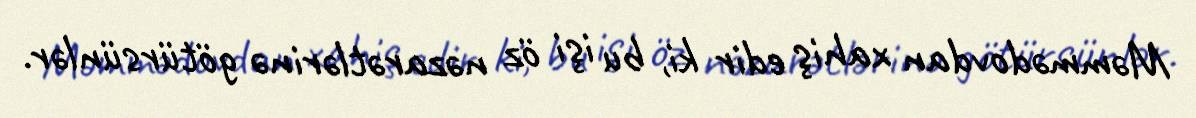
Məmmədovdan xahiş edir ki, bu işi öz nəzarətlərinə götürsünlər.